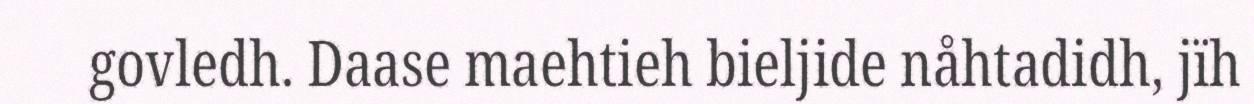
govledh. Daase maehtieh bieljide nåhtadidh, jïh